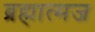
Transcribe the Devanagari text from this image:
ब्रह्मात्मज